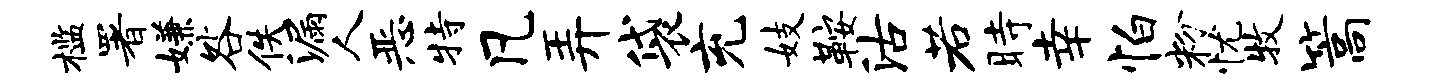
槛署嫌咎佚漏人恶特凡弄袋充妓鞍沽若时幸怕粉忧牧篙